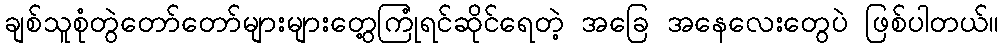
ချစ်သူစုံတွဲတော်တော်များများတွေ့ကြုံရင်ဆိုင်ရေတဲ့ အခြေ အနေလေးတွေပဲ ဖြစ်ပါတယ်။